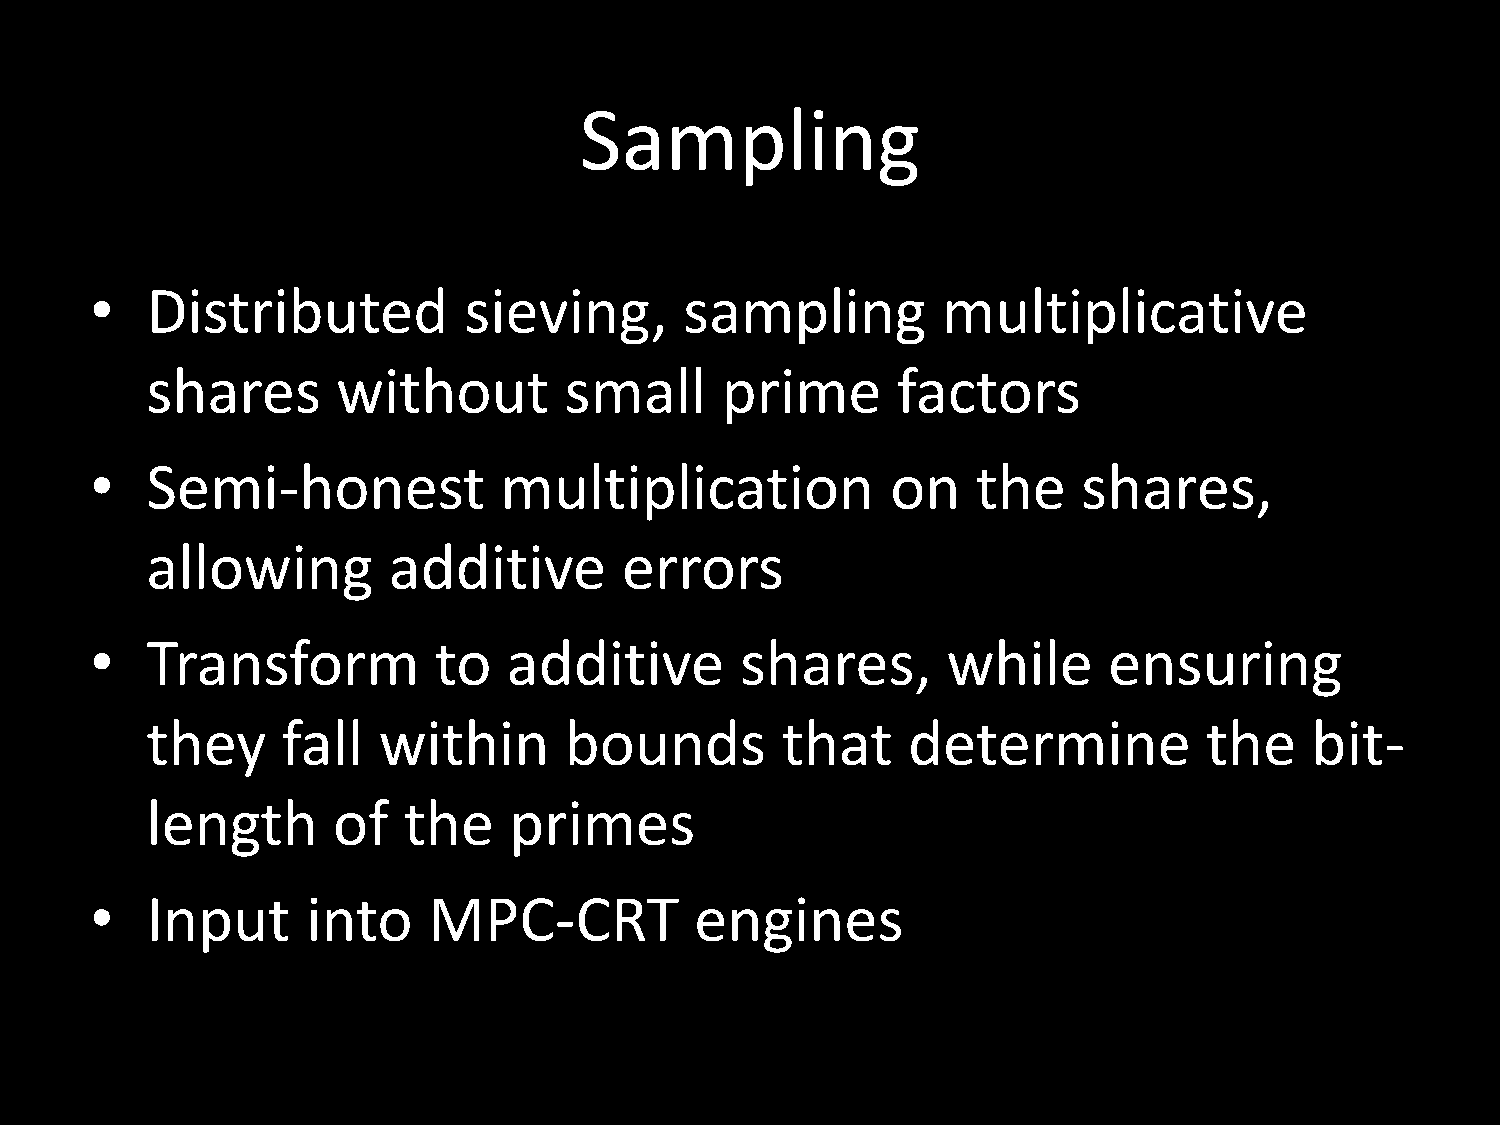
Sampling
 •   Distributed          sieving,      sampling         multiplicative
 shares      without        small      prime      factors
 •   Semi-honest            multiplication            on    the    shares,
 allowing        additive       errors
 •   Transform          to   additive       shares,       while     ensuring
 they     fall  within      bounds         that    determine           the    bit-
 length      of   the    primes
 •   Input     into    MPC-CRT           engines